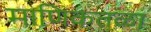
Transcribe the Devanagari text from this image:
माणिकतळा